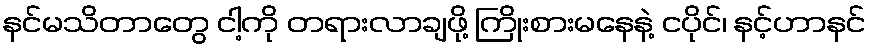
နင်မသိတာတွေ ငါ့ကို တရားလာချဖို့ ကြိုးစားမနေနဲ့ ငပိုင်၊ နင့်ဟာနင်